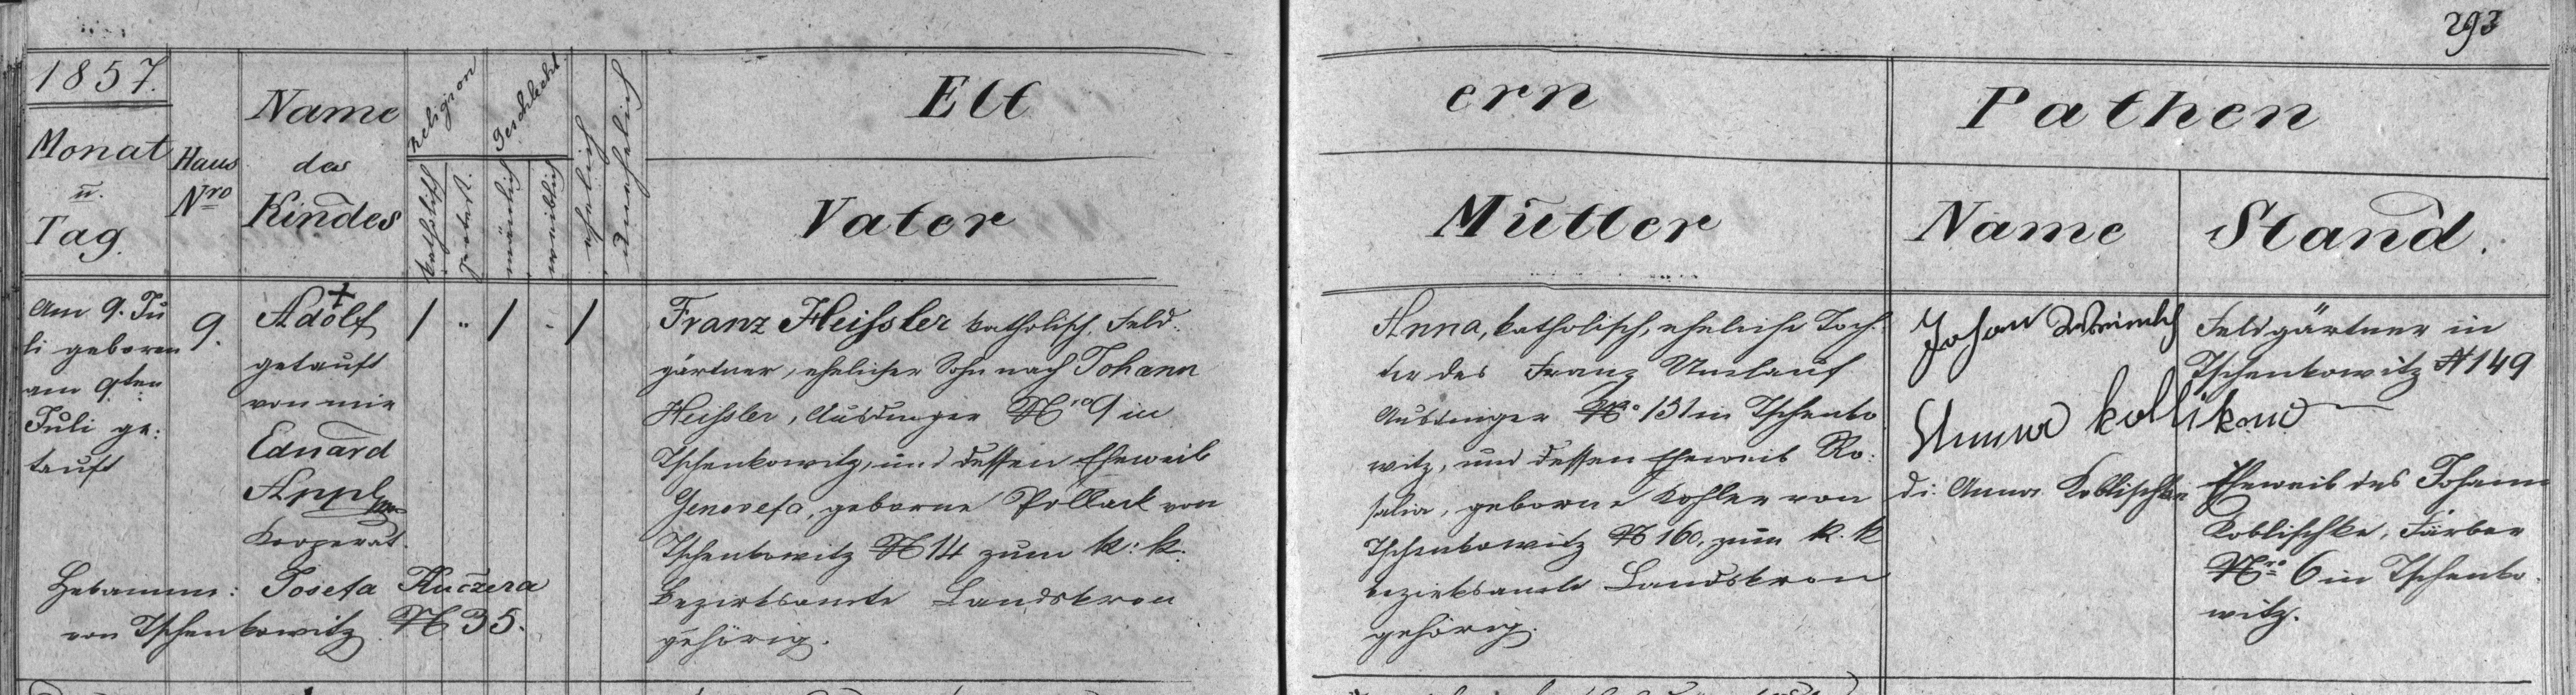
293

1857
Monat
u.
Tag
Am 9. Ju¬
li geboren
am 9ten
Juli ge¬
tauft

Name
des
Kindes
+
Adolf
getauft
von mir
Eduard
Appl
Kooperat.

ern
Mutter
Anna, katholisch, eheliche Toch¬
ter des Franz Umlauf
Ausdinger № 151 in Tschenko¬
witz, und dessen Eheweib Ro¬
salia, geborne Kohler von
Tschenkowitz № 160, zum k.k
Bezirksamte Landskron
gehörig.

Pathen
Name
Stand
Johann Weimlch
Feldgärtner in
Tschenkowitz № 149
Anna Kollik
Eheweib des Johann
di: Anna Koblischke
Koblischke, Färber
№ 6 in Tschenko¬
witz.

Geschlecht
Religion
unehelich
ehelich
mänlich
weiblich
katholisch
protest.
1 - 1 - 1

Elt
Vater
Franz Heisler katholisch, Feld¬
gärtner, ehelicher Sohn nach Johann
Heihsler, Ausdinger № 9 in
Tschenkowitz, und dessen Eheweib
Genovefa, geborne Pollack von
Tschenkowitz № 14 zum k:k:
Bezirksamte Landskron
gehörig.

Haus
№
9.

Hebamme: Josefa Kuczera
von Tschenkowitz № 35.